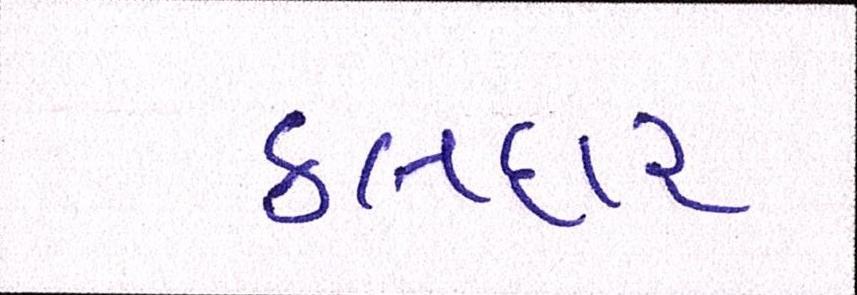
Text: કલદાર